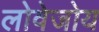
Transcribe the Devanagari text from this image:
लोवेजोय